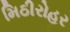
મિઠીરોહર